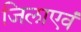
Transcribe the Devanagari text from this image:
जिलाएवं